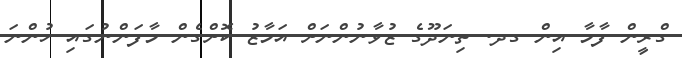
ގްރީން ފާމާ އިން ގދ. ތިނަދޫގެ ޒުވާނުންނަށް އަމާޒު ކޮށްގެން މާފަންނުގައި ހުންނަ